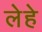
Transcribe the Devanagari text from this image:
लेहे